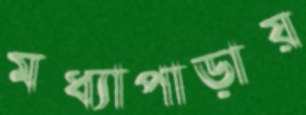
মধ্যাপাড়ায়